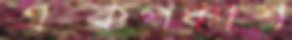
একপঞ্চাশ